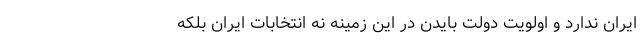
ایران ندارد و اولویت دولت بایدن در این زمینه نه انتخابات ایران بلکه